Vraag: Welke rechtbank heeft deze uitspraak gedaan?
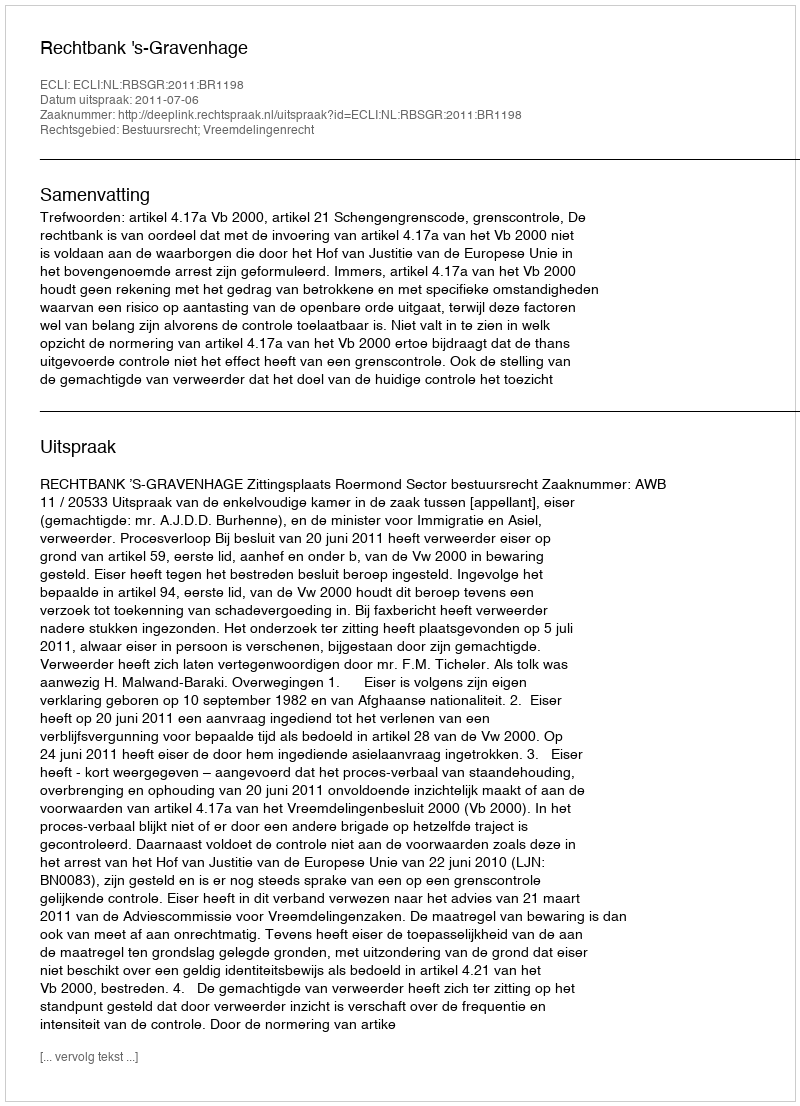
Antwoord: Rechtbank 's-Gravenhage